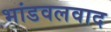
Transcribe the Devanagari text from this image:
भांडवलवाद